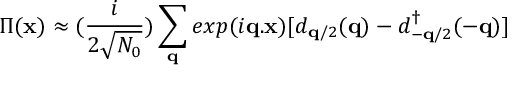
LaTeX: \Pi ( { \bf { x } } ) \approx ( \frac { i } { 2 \sqrt { N _ { 0 } } } ) \sum _ { { \bf { q } } } e x p ( i { \bf { q . x } } ) [ d _ { { \bf { q } } / 2 } ( { \bf { q } } ) - d _ { - { \bf { q } } / 2 } ^ { \dagger } ( - { \bf { q } } ) ]